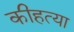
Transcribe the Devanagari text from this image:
कीहत्या